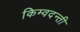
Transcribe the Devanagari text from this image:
किम्वदन्ती